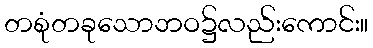
တစုံတခုသောဘဝ၌လည်းကောင်း။